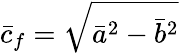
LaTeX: \bar{c}_{f}=\sqrt{\bar{a}^{2}-\bar{b}^{2}}